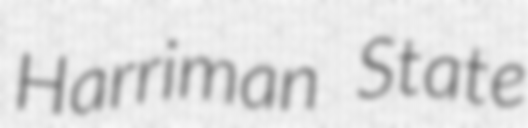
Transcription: Harriman State